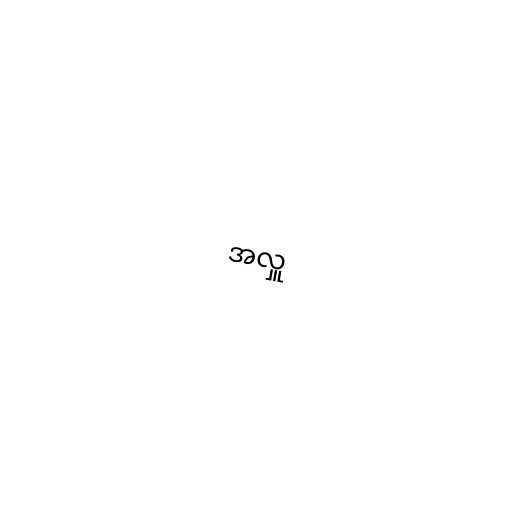
အလှူ